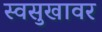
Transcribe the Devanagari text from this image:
स्वसुखावर